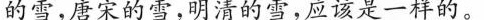
的雪，唐宋的雪，明清的重，应该是一样的。